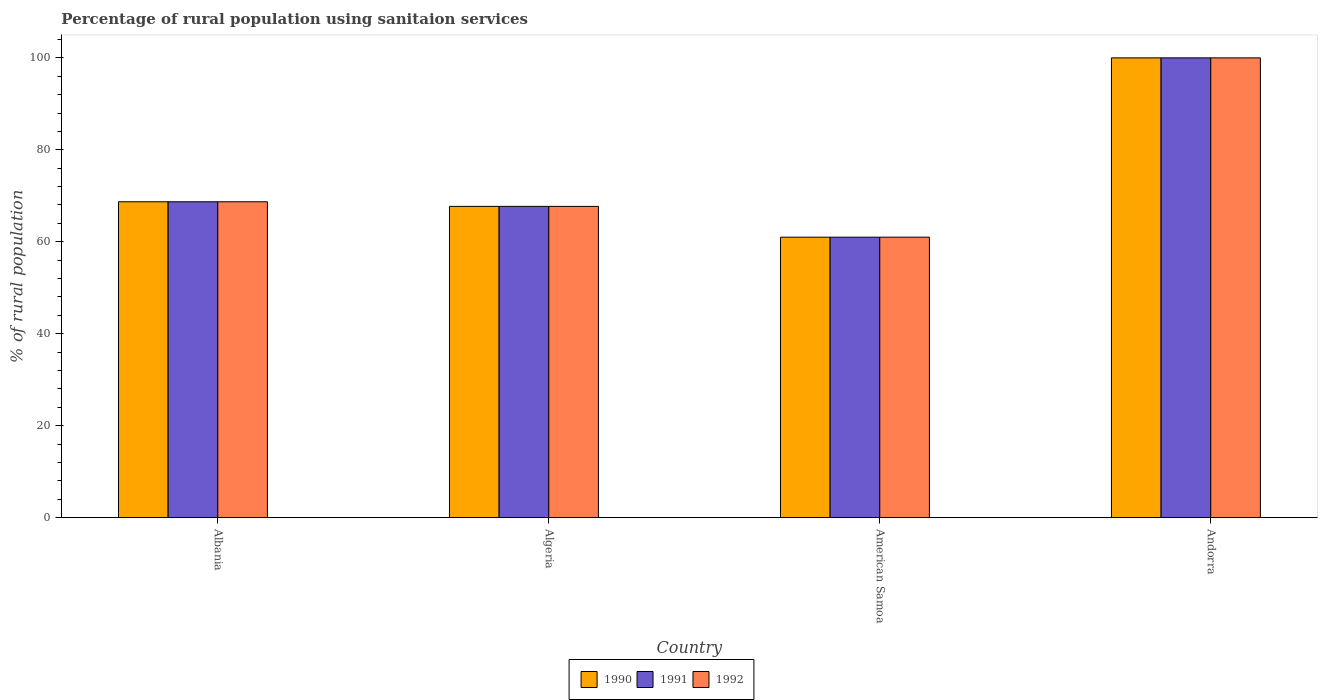
| Country | 1990 | 1991 | 1992 |
 | --- | --- | --- | --- |
 | Albania | 68.7 | 68.7 | 68.7 |
 | Algeria | 67.7 | 67.7 | 67.7 |
 | American Samoa | 61 | 61 | 61 |
 | Andorra | 100 | 100 | 100 |